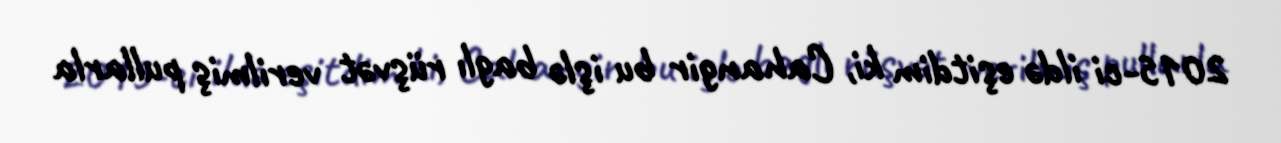
2015-ci ildə eşitdim ki, Cahangir bu işlə baglı rüşvət verilmiş pullarla